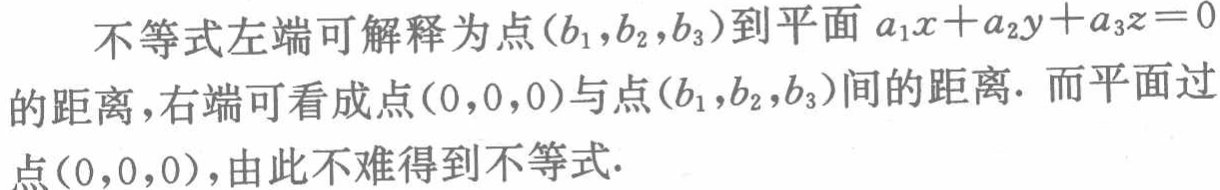
不等式左端可解释为点\((b_1,b_2,b_3)\)到平面\(a_1x + a_2y + a_3z = 0\)的距离, 右端可看成点\((0,0,0)\)与点\((b_1,b_2,b_3)\)间的距离. 而平面过点\((0,0,0)\), 由此不难得到不等式.